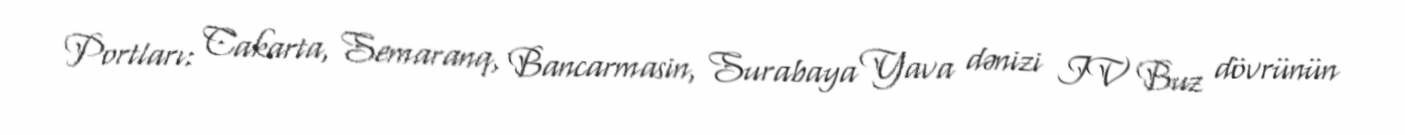
Portları: Cakarta, Semaranq, Bancarmasin, Surabaya Yava dənizi IV Buz dövrünün